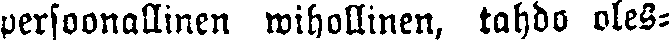
persoonallinen wihollinen, tahdo oles-